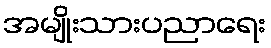
အမျိုးသားပညာရေး